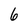
Character: 6